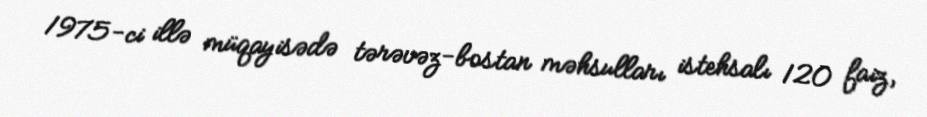
1975-ci illə müqayisədə tərəvəz-bostan məhsulları istehsalı 120 faiz,